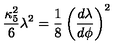
{ \frac { \kappa _ { 5 } ^ { 2 } } { 6 } } \lambda ^ { 2 } = { \frac { 1 } { 8 } } \left( { \frac { d \lambda } { d \phi } } \right) ^ { 2 }